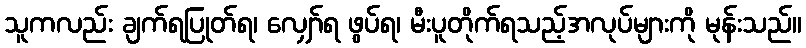
သူကလည်း ချက်ရပြုတ်ရ၊ လျှော်ရ ဖွပ်ရ၊ မီးပူတိုက်ရသည့်အလုပ်များကို မုန်းသည်။